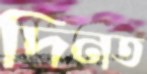
দিনত